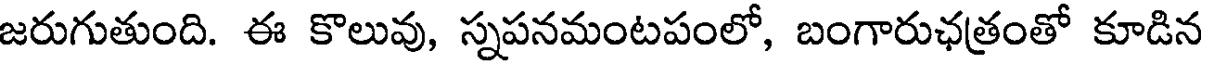
జరుగుతుంది. ఈ కొలువు, స్నపనమంటపంలో, బంగారుఛత్రంతో కూడిన